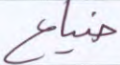
ضياع